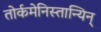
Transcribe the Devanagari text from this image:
तोर्कमेनिस्तान्यिन्